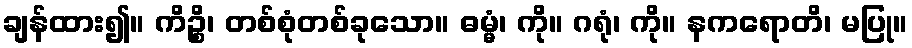
ချန်ထား၍။ ကိဉ္စိ၊ တစ်စုံတစ်ခုသော။ ဓမ္မံ၊ ကို။ ဂရုံ၊ ကို။ နကရောတိ၊ မပြု။